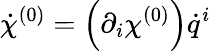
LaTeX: {\dot{\chi}}^{(0)}=\left(\partial_{i}\chi^{(0)}\right){\dot{q}}^{i}